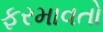
ફરમાવતો